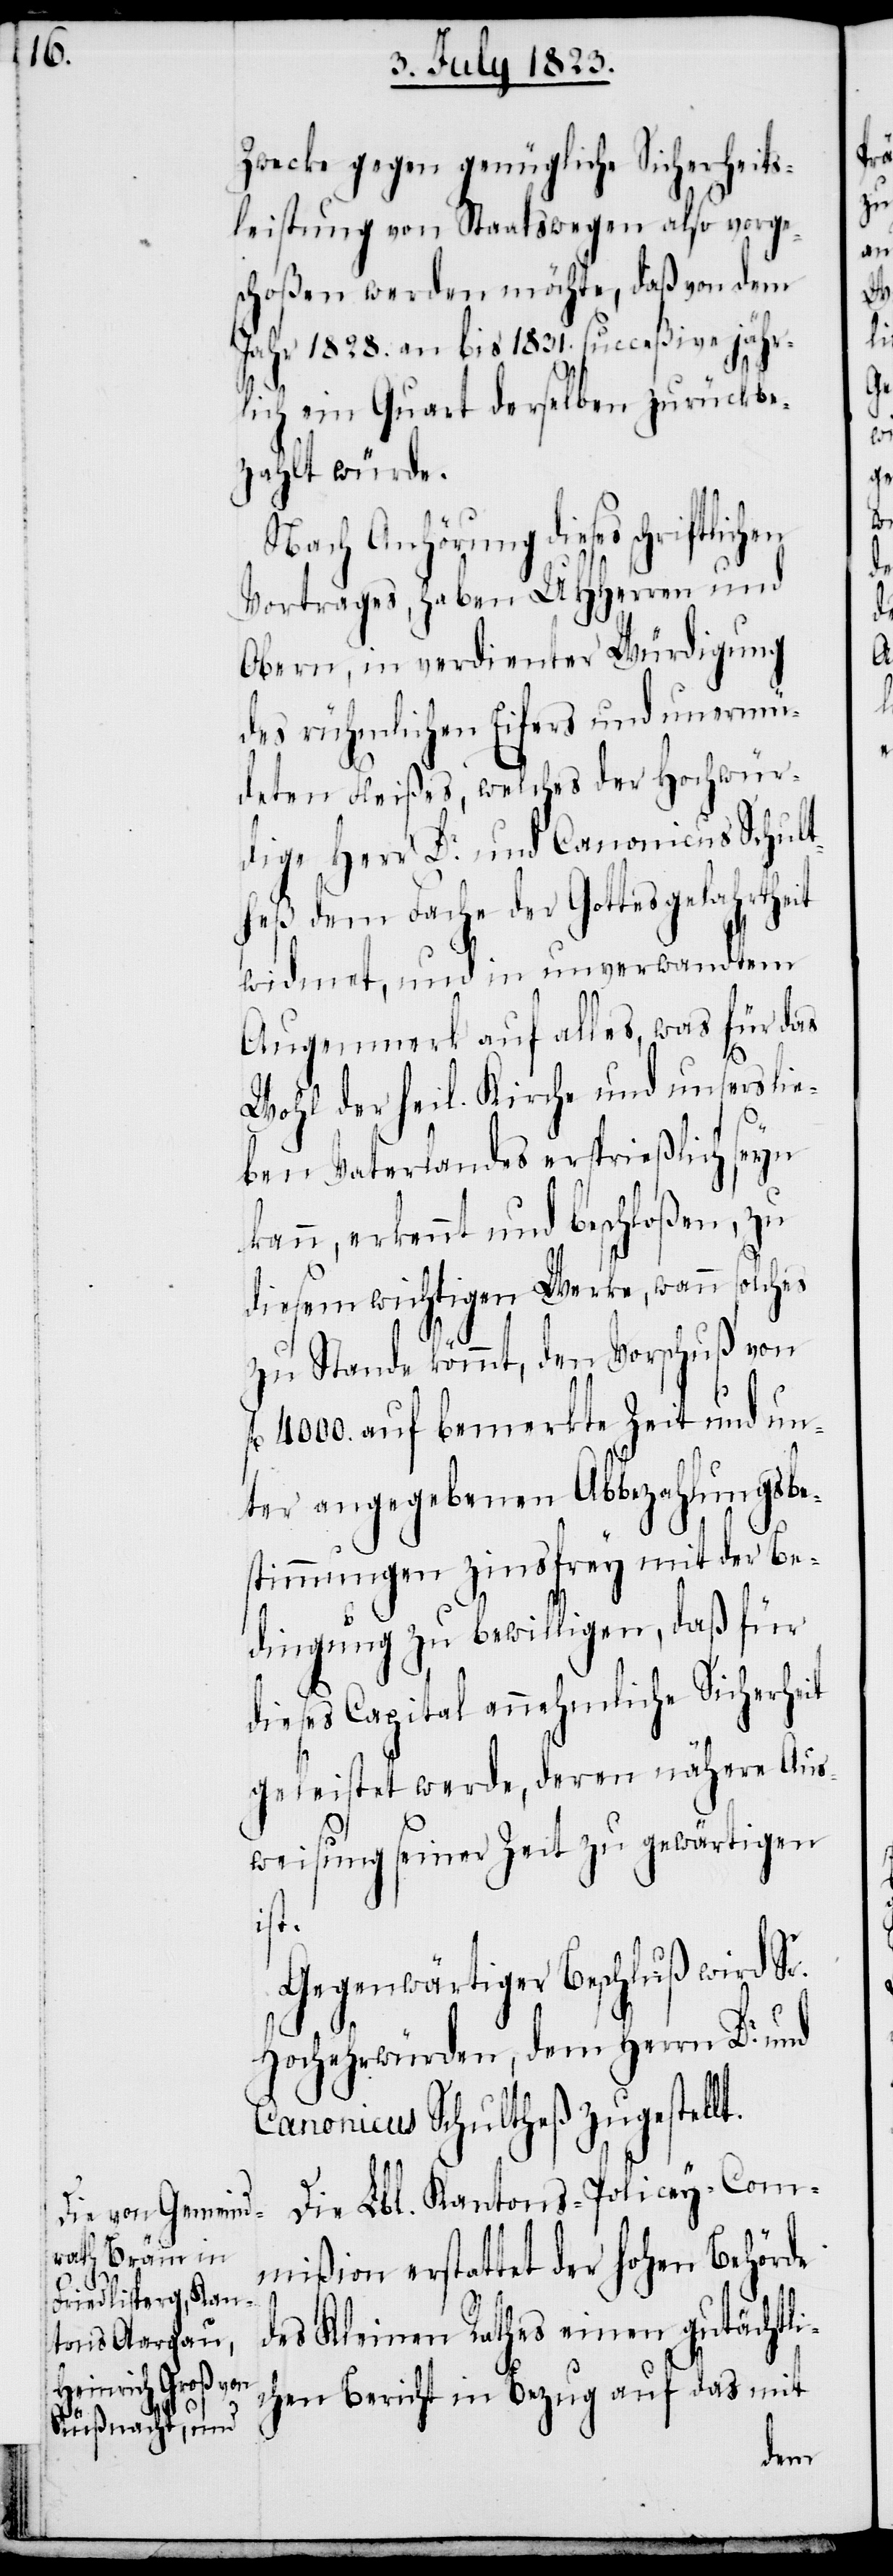
Zwecke gegen genügliche Sicherheits¬
leistung von Staatswegen also vorge¬
schoßen werden möchte, daß von dem
Jahr 1828. an bis 1831. succeßive jähr¬
lich ein Quart derselben zurückbe¬
zahlt würde.
Nach Anhörung dieses schriftlichen
Vortrages, haben UHHerren und
Obern, in verdienter Würdigung
des rühmlichen Eifers und unermü¬
deten Fleißes, welches der Hochwür¬
dige Herr Dr. und Canonicus Schult¬
heß dem Fache der Gottesgelahrtheit
widmet, und in unverwandtem
Augenmerk auf alles, was für das
Wohl der heil. Kirche und unsers lie¬
ben Vaterlandes ersprießlich seyn
kann, erkennt und beschloßen, zu
diesem wichtigen Werke, wann solches
zu Stande kömmt, den Vorschuß von
4000. auf bemerkte Zeit und un¬
ter angegebenen Abbezahlungsbe¬
stimmungen zinsfrey mit der Be¬
dingung zu bewilligen, daß für
dieses Capital annehmliche Sicherheit
geleistet werde, deren nähere Aus¬
weisung seiner Zeit zu gewärtigen
ist.
Gegenwärtiger Beschluß wird Sr.
Hochehrwürden, dem Herrn Dr. und
Canonicus Schultheß zugestellt.
Die Lbl. Kantons-Policey-Com¬
mißion erstattet der hohen Behörde
des Kleinen Rathes einen gutächtli¬
chen Bericht in Bezug auf das mit